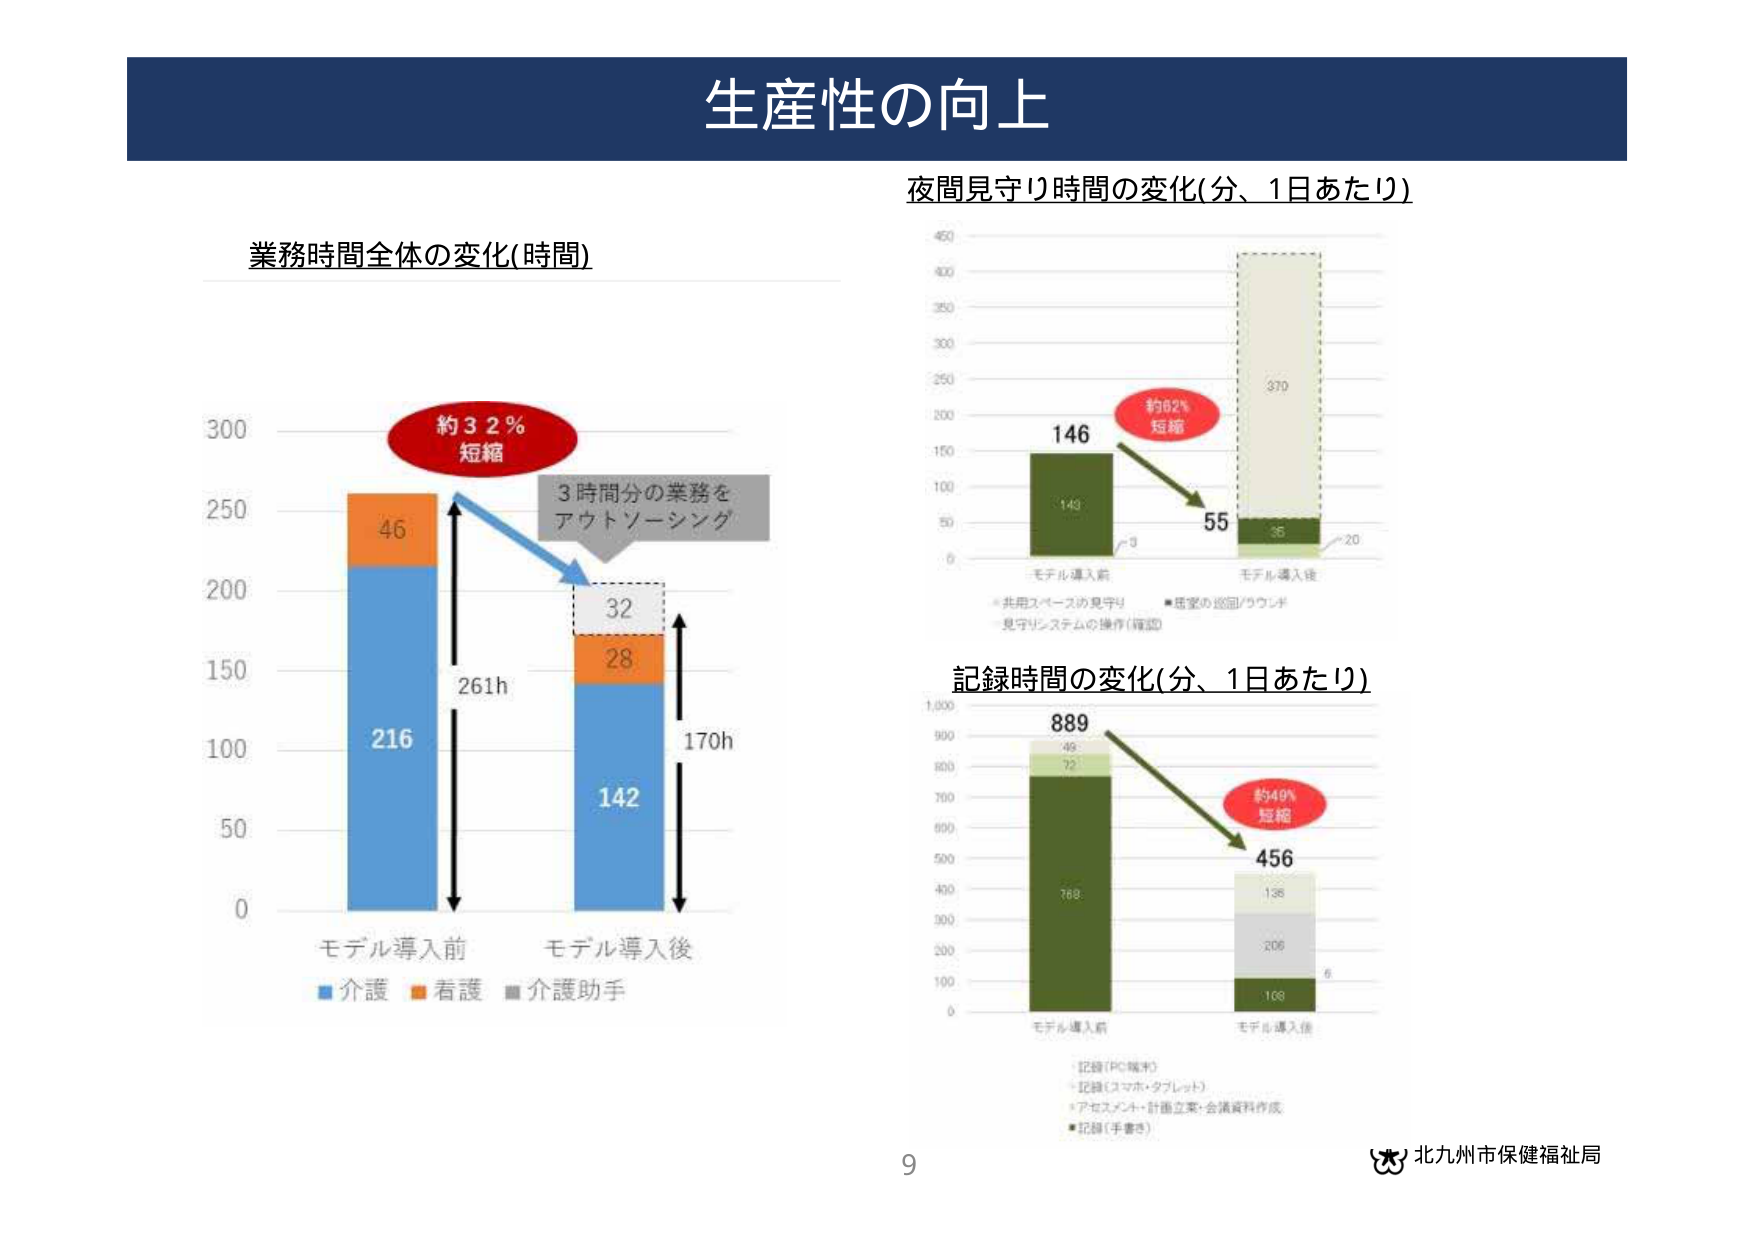
生産性の向上

業務時間全体の変化(時間)

約32%
短縮

3時間分の業務を
アウトソーシング

261h
170h

モデル導入前
モデル導入後

■介護 ■看護 ■介護助手

216
46

142
28
32

夜間見守り時間の変化(分、1日あたり)

146
140
a

約62%
短縮

55
35
20

370

モデル導入前
モデル導入後

・共用スペースの見守り
・居室の巡回/ワンド
・見守りシステムの操作(確認)

記録時間の変化(分、1日あたり)

889
49
72

768

約49%
短縮

456
138
206
108
6

モデル導入前
モデル導入後

・記録(PC端末)
・記録(スマホ・タブレット)
・アセスメント・計画立案・会議資料作成
・記録(手書き)

9

北九州市保健福祉局